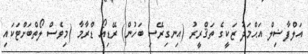
އަލްފާޟިލް އަޙްމަދު ޒަކީގެ ތަޤްރީރު (އިނގިރޭސި ބަހުން) ރޭޑިއޯ ޑްރާމާ (މިވެސް ލޯތްބަށްޓަކައި